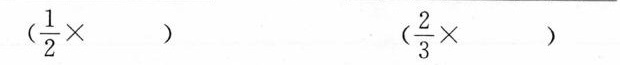
$$( \frac { 1 } { 2 } \times )$$ $$( \frac { 2 } { 3 } \times )$$